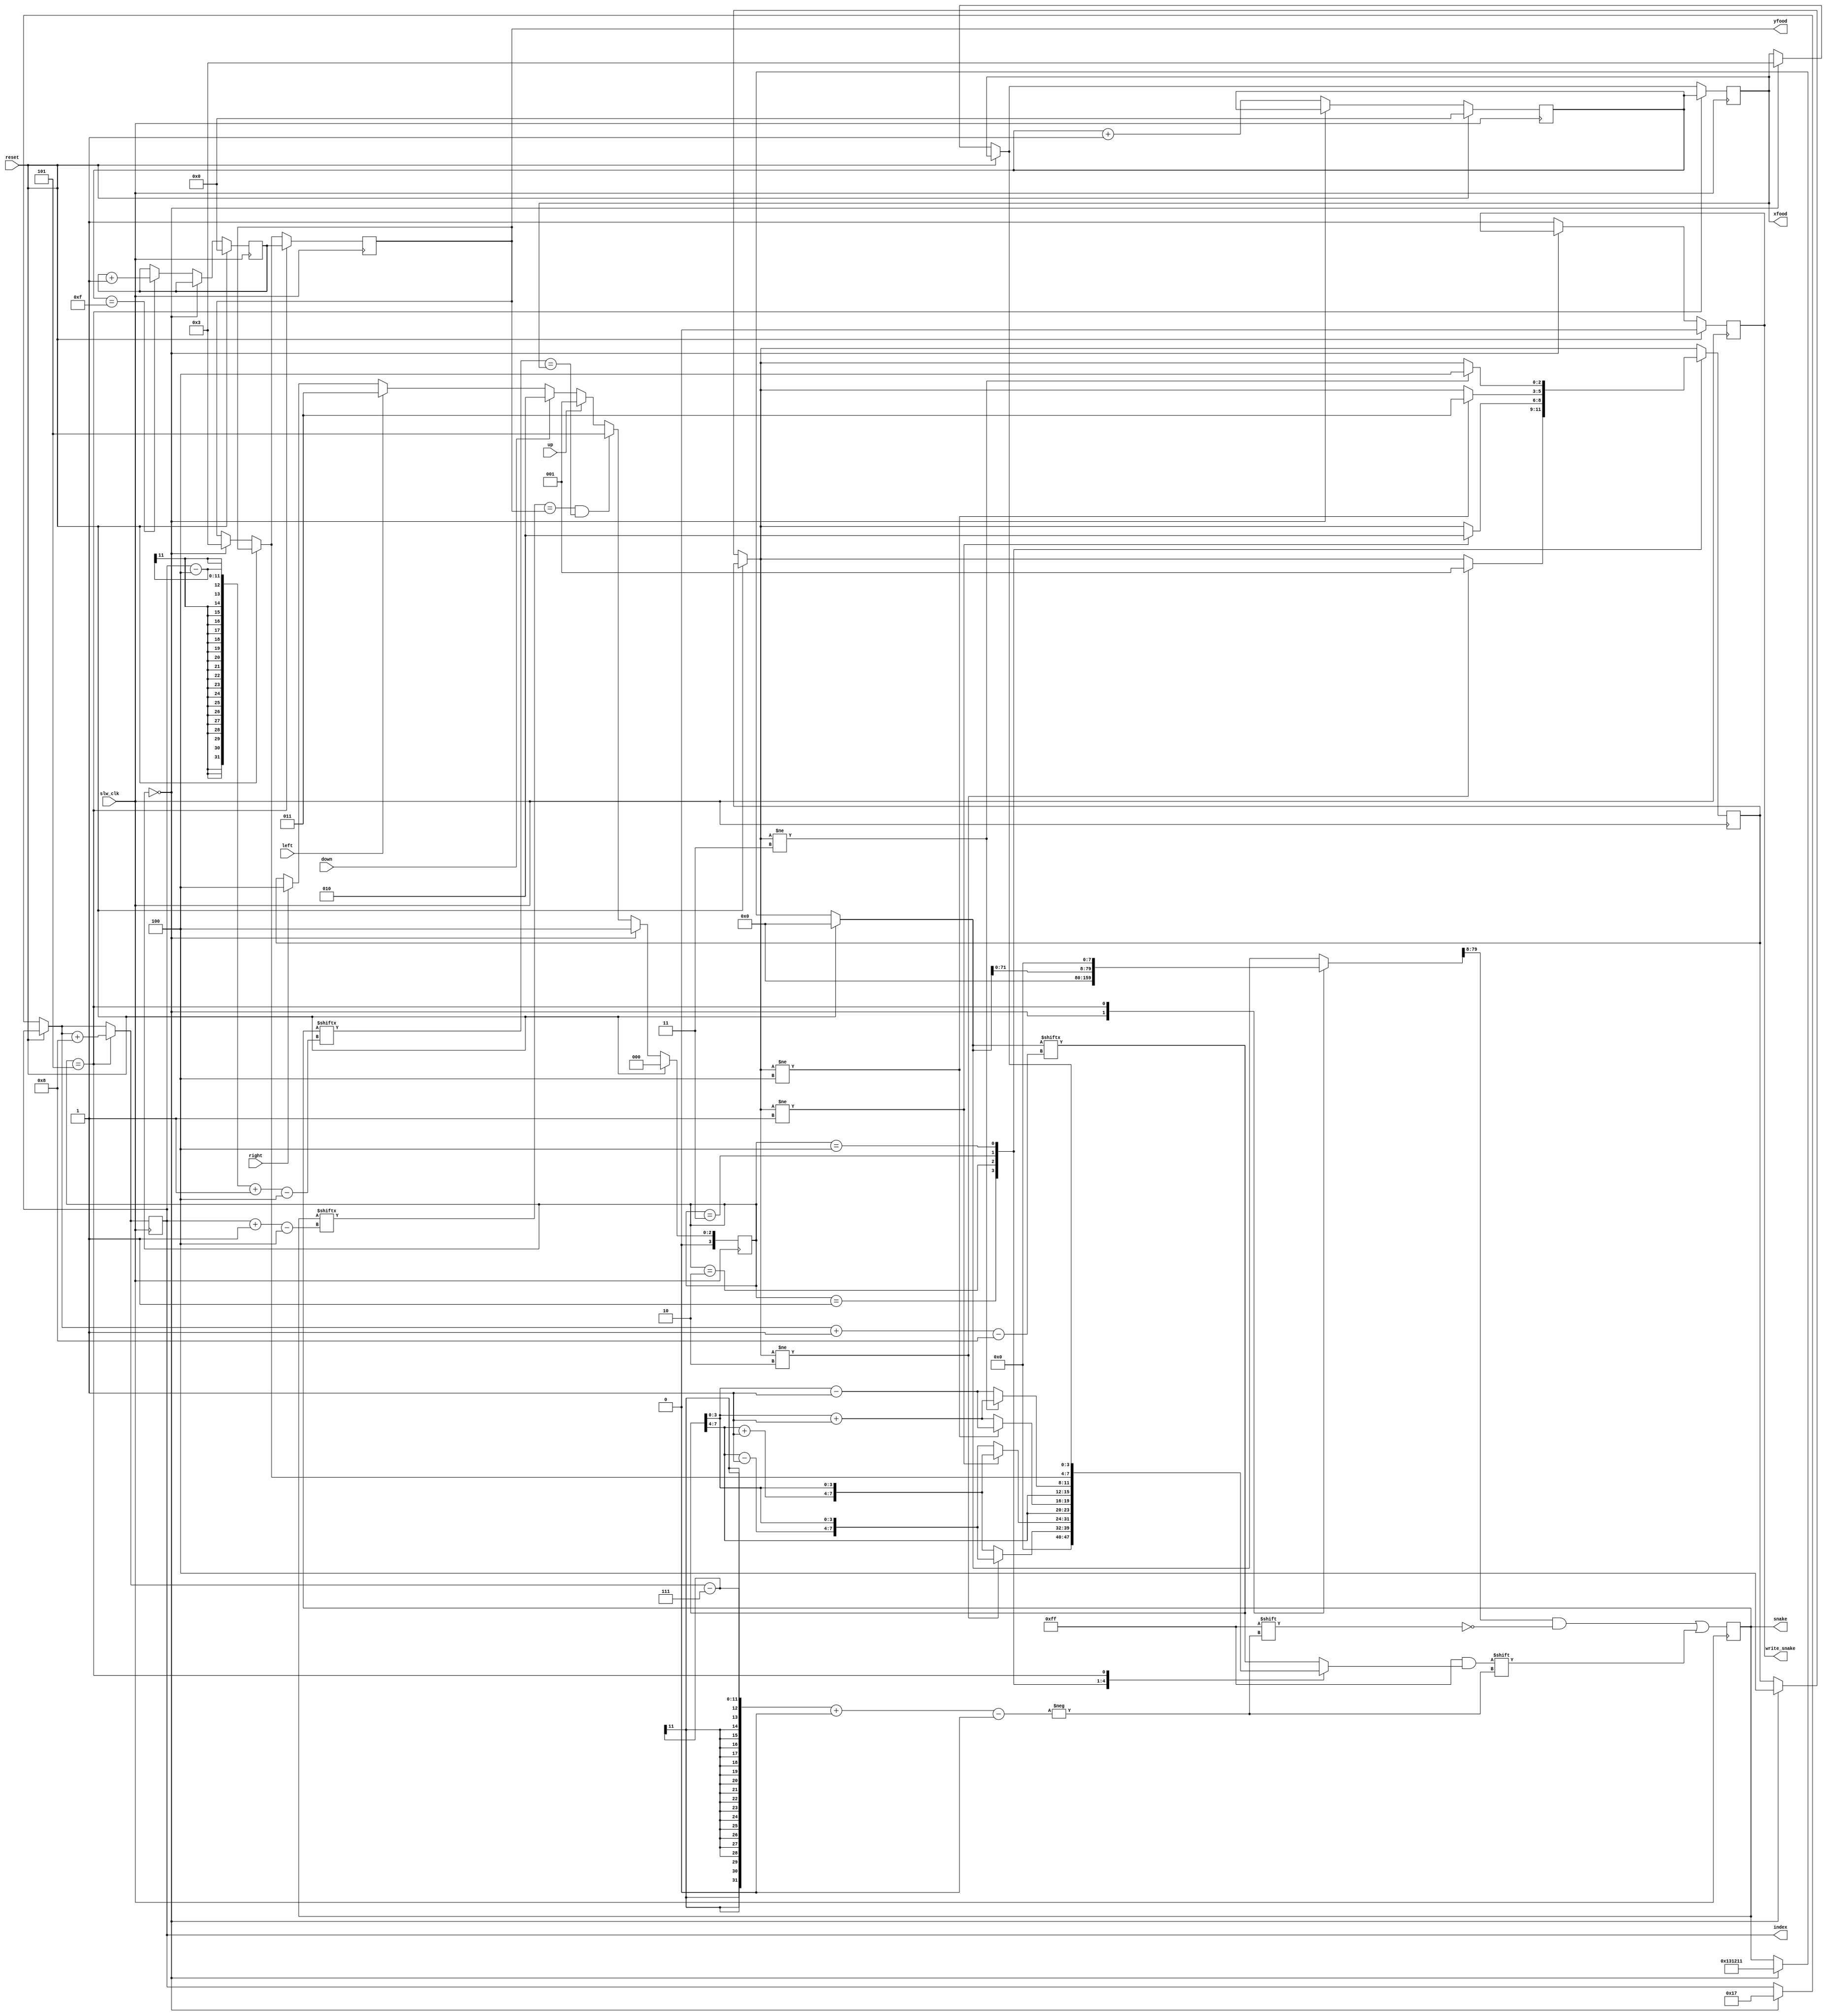
module Snake(
input slw_clk,
input reset,
input right,
input left,
input up,
input down,
output reg[79:0] snake,
output reg write_snake,
output reg [10:0] index,
output reg [3:0] xfood, //x pixel
output reg [3:0] yfood //y pixel
);
 

	reg [3:0] state, next_state;


	reg[2:0] direction;
	 //snake locations the tail will be stored up front.
	reg[7:0] new_head;
	
	reg [3:0] x_rando_count, y_rando_count;


	parameter RESET   = 3'd0;
	parameter S_UP    = 3'd1; 
	parameter S_DOWN  = 3'd2; 
	parameter S_LEFT  = 3'd3; 
	parameter S_RIGHT = 3'd4; 
	parameter EAT     = 3'd5;
	parameter DIE     = 3'd6;
	 

	always@(posedge slw_clk)
	begin
		if(reset)begin 
			state <= 3'd0; //RESET
			snake = 80'd0;
			write_snake <=0;
			x_rando_count <= 0;
			y_rando_count <= 0;
		end
		
		else begin
			if (state == RESET) begin
				state <= 3'd4; // Move right
				direction= 3'd4; 
				xfood = 4'd3;
				yfood = 4'd3;//in the memory
				snake = {56'd0, 4'd1, 4'd3, 4'd1, 4'd2, 4'd1, 4'd1};
				index =11'd23;
				new_head =0; //right
			end
			
			else begin state <= next_state;
							write_snake <=1;
				x_rando_count <= x_rando_count +1;
				if (x_rando_count == 4'b1111) y_rando_count <= y_rando_count + 1;
			end 
		end

							
		new_head = snake[index -:8];
		
		
		case(state)
		
			RESET: begin
				snake = 80'd0;
				new_head = 0;
			end
			S_UP:		begin
				if(direction != S_DOWN) begin

				new_head = {new_head[7:4]-1'b1, new_head[3:0]};	
				direction = S_UP;
				
				end
				else new_head ={new_head[7:4]+1'b1, new_head[3:0]};	
			end
			
			S_DOWN:	begin
				if(direction != S_UP) begin
				new_head = {new_head[7:4]+1'b1, new_head[3:0]};
				direction = S_DOWN;
				end
				
				else new_head ={new_head[7:4]-1'b1, new_head[3:0]};		
			end 
			
			S_LEFT:  begin
				if(direction != S_RIGHT) begin
				new_head = {new_head[7:4], new_head[3:0]-1'b1};
				direction = S_LEFT;
				end
				else new_head ={new_head[7:4], new_head[3:0]+1'b1};	
			end 
			
			S_RIGHT: begin
				if(direction != S_LEFT) begin
				new_head = {new_head[7:4], new_head[3:0]+1'b1};
				direction = S_RIGHT;
				end
				else new_head ={new_head[7:4], new_head[3:0]-1'b1};
			end
			
			EAT: begin
				new_head = {yfood, xfood};
				index = index + 8;
				snake = snake << 8;
				xfood = x_rando_count;
				yfood = y_rando_count;
			end
			
			default: begin
			
			 
			end
		endcase
		
		snake = snake >> 8; 
		snake[index-7 +:8] = new_head;
		
	end

	always @*
	begin
		if(reset) next_state = 3'd4;

		else if(snake[index -:4] == yfood && snake[index-4 -: 4] == xfood)
						next_state = EAT;
						
		else if(up) next_state = S_UP;

		else if(down) next_state = S_DOWN;

		else if(left) next_state = S_LEFT;

		else if(right) next_state = S_RIGHT;

		else if (next_state == EAT) next_state = direction;
		
		else next_state = direction;

	end
endmodule